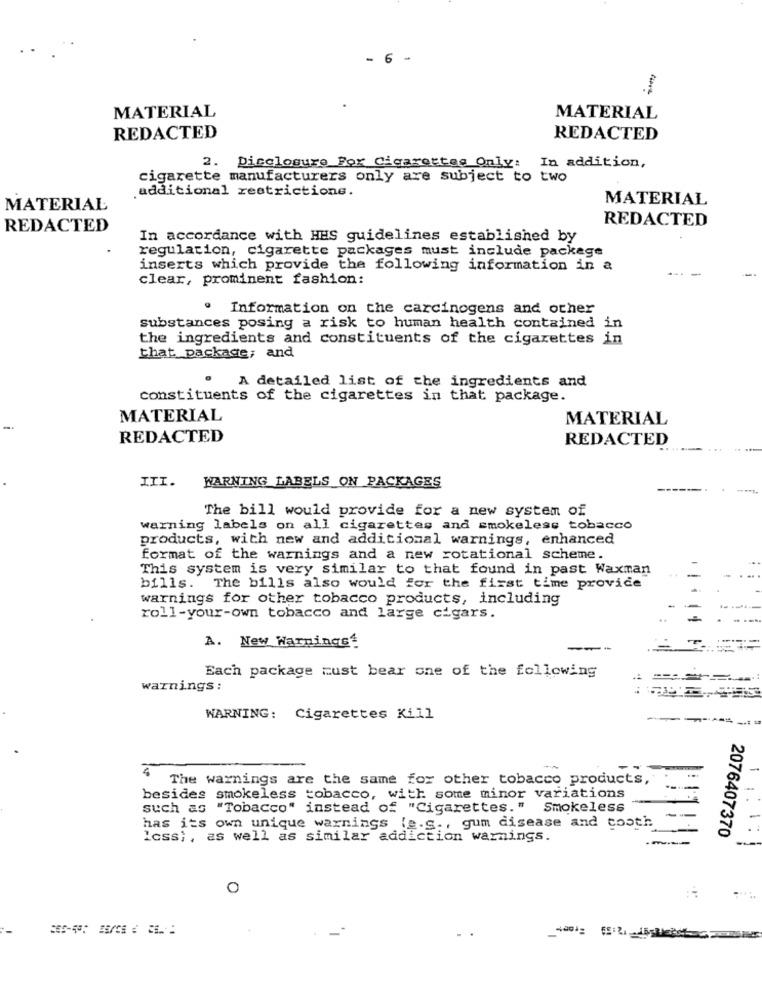
- 6
MATERIAL
MATERIAL
REDACTED
REDACTED
2. Disclosure For Cigarettes Only: In addition,
cigarette manufacturers only are subject to two
additional restrictions.
MATERIAL
MATERIAL
REDACTED
REDACTED
In accordance with HES guidelines established by
regulation, cigarette packages must include package
inserts which provide the following information in a
clear, prominent fashion:
Information on the carcinogens and other
substances posing a risk to human health contained in
the ingredients and constituents of the cigarettes in
that package; and
A detailed list of the ingredients and
constituents of the cigarettes in that package.
MATERIAL
MATERIAL
REDACTED
REDACTED
WARNING LABELS ON PACKAGES
III.
The bill would provide for a new system of
warning labels on all cigarettes and smokeless tobacco
products, with new and additional warnings, enhanced
format of the warnings and a new rotational scheme.
This system is very similar to that found in past Waxman
bills. The bills also would for the first time provide
warnings for other tobacco products, including
roll-your-own tobacco and large cigars.
A. New Warnings?
--
Each package must bear one of the following
warnings :
WARNING: Cigarettes Kill
The warnings are the same for other tobacco products,
besides smokeless tobacco, with some minor variations
such as "Tobacco" instead of "Cigarettes." Smokeless
has its own unique warnings (e.g ., gum disease and tooth
2076407370
Icss; , as well as similar addicti
on warnings.
O